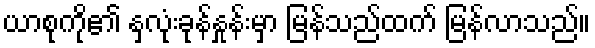
ယာစုကို၏ နှလုံးခုန်နှုန်းမှာ မြန်သည်ထက် မြန်လာသည်။